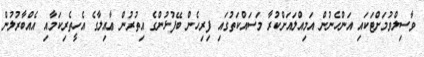
ވާސިލްވުމަށްޓަކައި އަންހެނުން އަމިއްލައަށްކުރާ މަސައްކަތުގައި ފިރިހެން ބޭފުޅުންގެ އިތުރުން ޢާއިލާގެ އެހީތެރިކަމާއި އެއްބާރުލުން